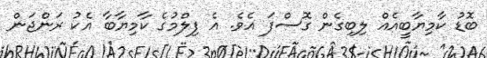
ބޮޑު ކާމިޔާބީއެއް ލިބިގެން ގޮސްފަ އެވެ. އެ ފިލްމުގެ ކާމިޔާބާ އެކު ރަންޖަން